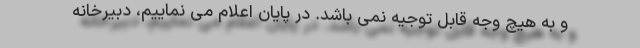
و به هیچ وجه قابل توجیه نمی باشد. در پایان اعلام می نماییم، دبیرخانه